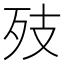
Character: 𭮂